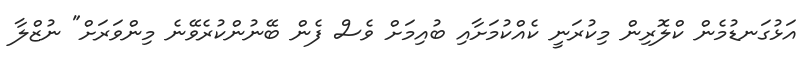
އަޅުގަނޑުމެން ކްލޮރިން މިކުރަނީ ކެއްކުމަށާއި ބުއިމަށް ވެސް ފެން ބޭނުންކުރެވޭނެ މިންވަރަށް" ނުޒްލާ